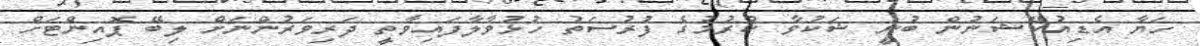
ހަޔާ އެޑިއުކޭޝަނުން ބުނީ ޝަކުވާ ކުރުމުގެ ފުރުސަތު ހުޅުވާލާފައިވާތީ ދަރިވަރުންނަށް ލިބޭ ޕޮއިންޓަށް